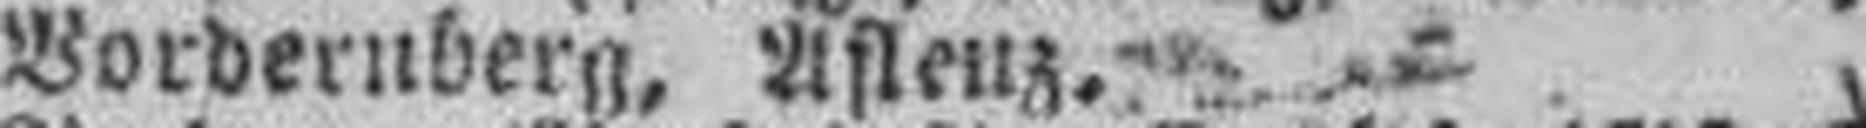
Vordernberg, Aslenz.